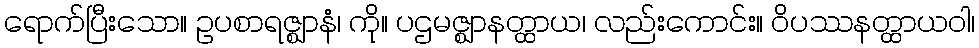
ရောက်ပြီးသော။ ဥပစာရဇ္ဈာနံ၊ ကို။ ပဌမဇ္ဈာနတ္ထာယ၊ လည်းကောင်း။ ဝိပဿနတ္ထာယဝါ၊